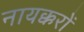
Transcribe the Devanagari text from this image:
नायक्करों